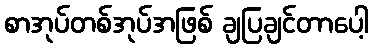
စာအုပ်တစ်အုပ်အဖြစ် ချပြချင်တာပေါ့